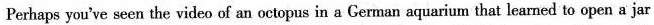
Perhaps you've seen the video of an octopus in a German aquarium that learned to open a jar